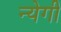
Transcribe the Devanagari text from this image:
न्येगी